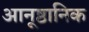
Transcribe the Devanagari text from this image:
आनूष्ठानिक